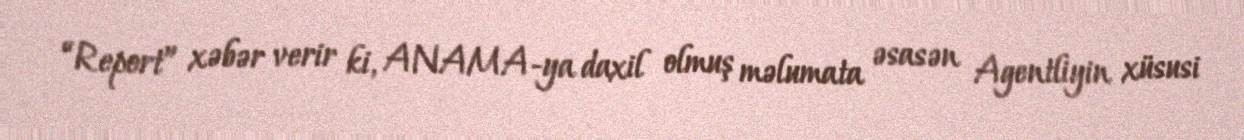
“Report” xəbər verir ki, ANAMA-ya daxil olmuş məlumata əsasən Agentliyin xüsusi